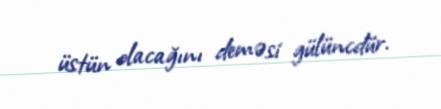
üstün olacağını deməsi gülüncdür.